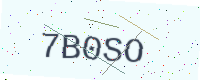
Text: 7B0SO